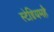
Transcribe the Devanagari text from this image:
स्टेडियमहै